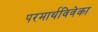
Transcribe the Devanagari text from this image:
परमार्थविवेका